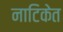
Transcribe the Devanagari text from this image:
नाटिकेत